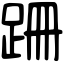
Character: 跚